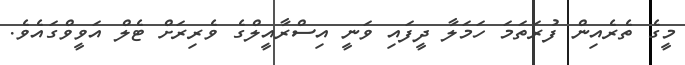
މީގެ ތެރެއިން ފުރަތަމަ ހަމަލާ ދީފައި ވަނީ އިސްރާއީލްގެ ވެރިރަށް ޓެލް އަވީވްގައެވެ.